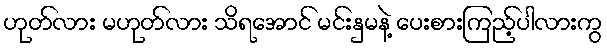
ဟုတ်လား မဟုတ်လား သိရအောင် မင်းနှမနဲ့ ပေးစားကြည့်ပါလားကွ